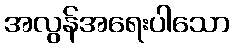
အလွန်အရေးပါသော